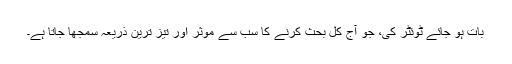
بات ہو جائے ٹوئٹر کی، جو آج کل بحث کرنے کا سب سے موثر اور تیز ترین ذریعہ سمجھا جاتا ہے۔